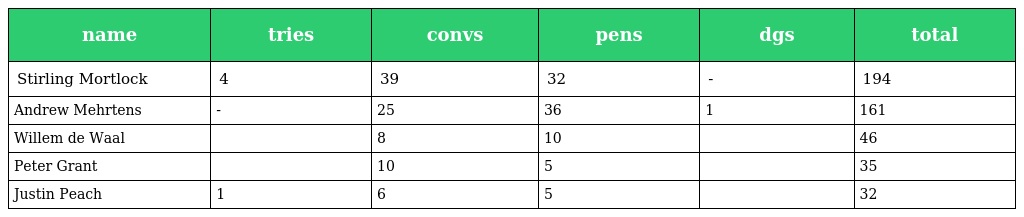
| name | tries | convs | pens | dgs | total |
 | --- | --- | --- | --- | --- | --- |
 | Stirling Mortlock | 4 | 39 | 32 | - | 194 |
 | Andrew Mehrtens | - | 25 | 36 | 1 | 161 |
 | Willem de Waal |  | 8 | 10 |  | 46 |
 | Peter Grant |  | 10 | 5 |  | 35 |
 | Justin Peach | 1 | 6 | 5 |  | 32 |